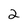
Character: 2